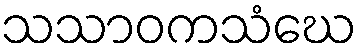
သသာဝကသံဃေ